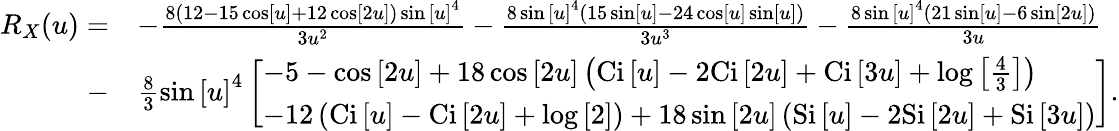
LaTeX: \begin{array}{rl}{{R_{X}}(u)=}&{-\frac{{8\left({12-15\cos\left[u\right]+12\cos\left[{2u}\right]}\right)\sin{{\left[u\right]}^{4}}}}{{3{u^{2}}}}-\frac{{8\sin{{\left[u\right]}^{4}}\left({15\sin\left[u\right]-24\cos\left[u\right]\sin\left[u\right]}\right)}}{{3{u^{3}}}}-\frac{{8\sin{{\left[u\right]}^{4}}\left({21\sin\left[u\right]-6\sin\left[{2u}\right]}\right)}}{{3u}}}\\ {-}&{\frac{8}{3}\sin{\left[u\right]^{4}}\left[\begin{array}{l}{-5-\cos\left[{2u}\right]+18\cos\left[{2u}\right]\left({\mathrm{{Ci}}\left[u\right]-2{\mathrm{Ci}}\left[{2u}\right]+\mathrm{{Ci}}\left[{3u}\right]+\log\left[{\frac{4}{3}}\right]}\right)}\\ {-12\left({{\mathrm{Ci}}\left[u\right]-\mathrm{{Ci}}\left[{2u}\right]+\log\left[2\right]}\right)+18\sin\left[{2u}\right]\left({{\mathrm{Si}}\left[u\right]-2\mathrm{{Si}}\left[{2u}\right]+{\mathrm{Si}}\left[{3u}\right]}\right)}\end{array}\right].}\end{array}